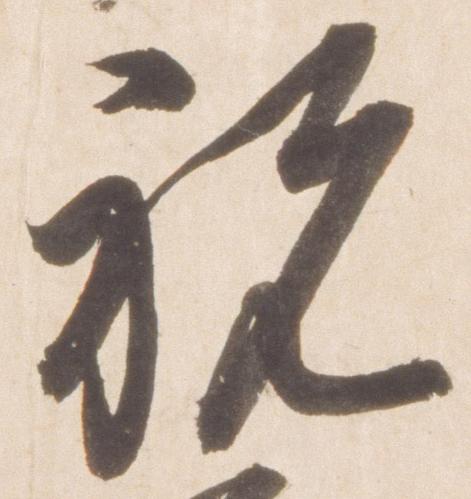
祝